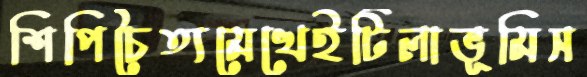
শিপিচৈত্যমেখেইটিলাভূমিস